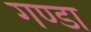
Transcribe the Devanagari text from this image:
गण्डा